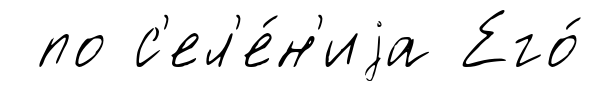
по с'ел'е́н'иjа Его́